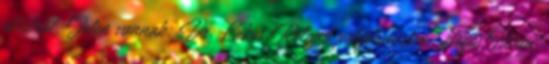
üléséről. Jelen vannak: Dr. Lakos Roland polgármester, Bögös István,